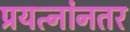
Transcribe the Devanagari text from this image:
प्रयत्नांनतर